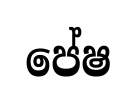
පේෂ